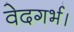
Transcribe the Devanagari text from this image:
वेदगर्भ।